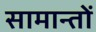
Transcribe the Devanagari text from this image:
सामान्तों